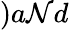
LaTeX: )a\mathcal{N}d